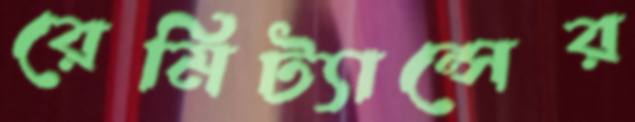
রেমিট্যান্সের